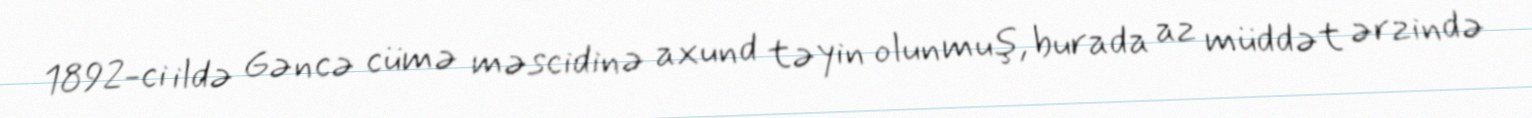
1892-ci ildə Gəncə cümə məscidinə axund təyin olunmuş, burada az müddət ərzində